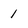
Character: 1